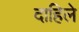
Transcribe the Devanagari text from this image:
दाहिले